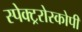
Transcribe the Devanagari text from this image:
स्पेक्ट्ररोस्कोपी